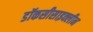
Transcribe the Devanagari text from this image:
डॉकसीसाइक्लीन